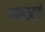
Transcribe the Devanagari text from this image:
कलस्टरों